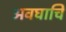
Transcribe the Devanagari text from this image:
अवघाचि